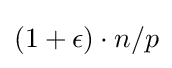
(1+\epsilon )\cdot n/p